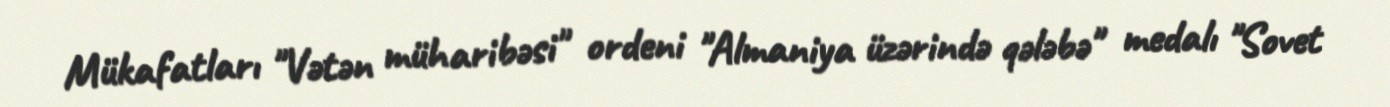
Mükafatları "Vətən müharibəsi" ordeni "Almaniya üzərində qələbə" medalı "Sovet